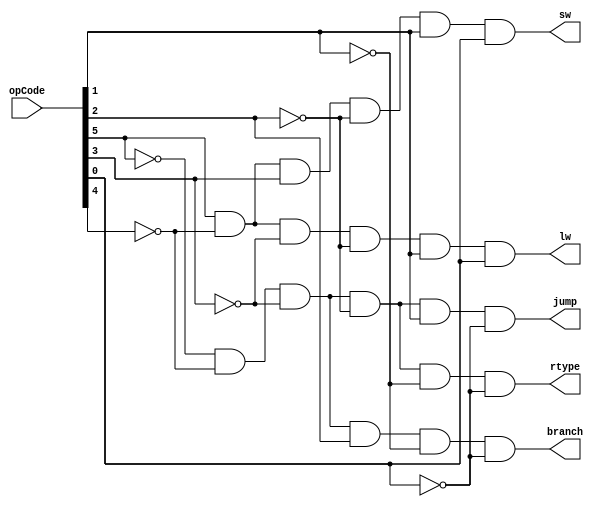
module yC1(rtype, lw, sw, jump, branch, opCode);
output rtype, lw, sw, jump, branch;
input [5:0] opCode;
wire [0:0] not5 ,not4, not3, not2, not1, not0;
not (not5, opCode[5]);
not (not4, opCode[4]);
not (not3, opCode[3]);
not (not2, opCode[2]);
not (not1, opCode[1]);
not (not0, opCode[0]);
and (rtype, not5, not4, not3, not2, not1, not0);		
and (jump, not5, not4, not3, not2, opCode[1], not0);		
and (branch, not5, not4,not3, opCode[2], not1, not0);			
and (sw, opCode[5], not4 ,opCode[3], not2, opCode[1], opCode[0]);	
and (lw, opCode[5], not4, not3, not2, opCode[1], opCode[0]);		
endmodule